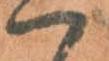
へ